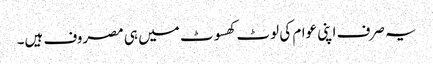
یہ صرف اپنی عوام کی لوٹ کھسوٹ میں ہی مصروف ہیں۔